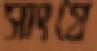
সাংগ্রে